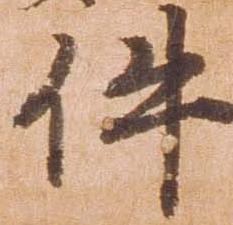
件